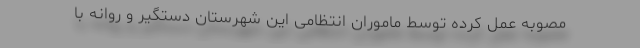
مصوبه عمل کرده توسط ماموران انتظامی این شهرستان دستگیر و روانه با